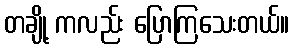
တချို့ ကလည်း ပြောကြသေးတယ်။